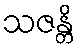
သဇန္တိ